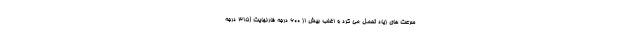
سرعت های زیاد تحمل می کرد و اغلب بیش از 600 درجه فارنهایت (315 درجه